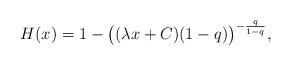
LaTeX: \begin{align*}H(x)=1-\big((\lambda x+C)(1-q)\big)^{-{q \over 1-q}},\end{align*}